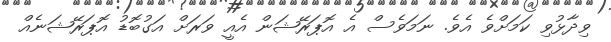
ވިދާޅުވި ކަމަށްވެ އެވެ. ނަމަވެސް އެ އޮޕަރޭޝަން އެއީ ވަރަށް އަގުބޮޑު އޮޕަރޭޝަނެއް